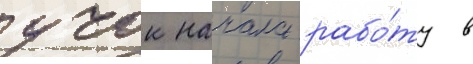
учок начала рабо́ту в